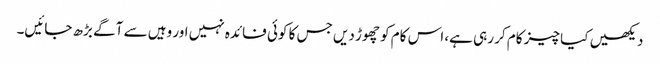
دیکھیں کیا چیز کام کر رہی ہے، اس کام کو چھوڑ دیں جس کا کوئی فائدہ نہیں اور وہیں سے آگے بڑھ جائیں۔